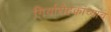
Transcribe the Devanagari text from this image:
गिर्यारोहकांच्याच